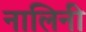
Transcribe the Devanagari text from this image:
नालिनी